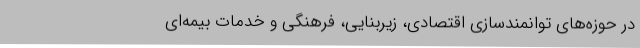
در حوزه‌های توانمندسازی اقتصادی، زیربنایی، فرهنگی و خدمات بیمه‌ای